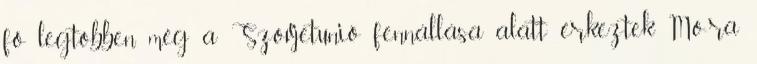
fő legtöbben még a Szovjetunió fennállása alatt érkeztek Mo-ra